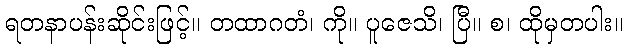
ရတနာပန်းဆိုင်းဖြင့်။ တထာဂတံ၊ ကို။ ပူဇေသိ၊ ပြီ။ စ၊ ထိုမှတပါး။